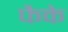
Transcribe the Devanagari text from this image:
फैके